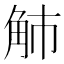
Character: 𧢿